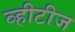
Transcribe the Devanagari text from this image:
व्हीटीज